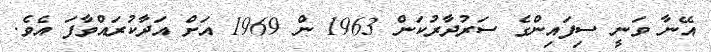
އޭނާ ވަނީ ސިފައިންގެ ސަރުދާރުކަން 1963 ން 1969 އަށް އަދާކުރައްވާފަ އެވެ.